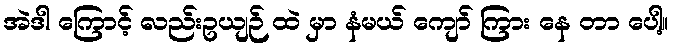
အဲဒါ ကြောင့် လည်းဥယျဉ် ထဲ မှာ နံမယ် ကျော် ကြား နေ တာ ပေါ့။